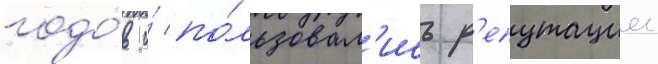
годо́в и́ по́льзовал'ись р'епутациеи